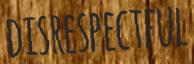
DISRESPECTFUL